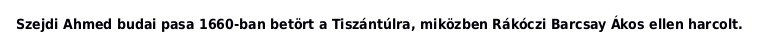
Szejdi Ahmed budai pasa 1660-ban betört a Tiszántúlra, miközben Rákóczi Barcsay Ákos ellen harcolt.